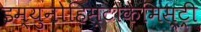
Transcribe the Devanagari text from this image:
इम्युनोहिस्टोकेमिस्ट्री